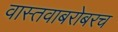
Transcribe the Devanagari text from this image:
वास्तवाबरोबरच